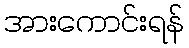
အားကောင်းရန်